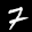
Label: 7